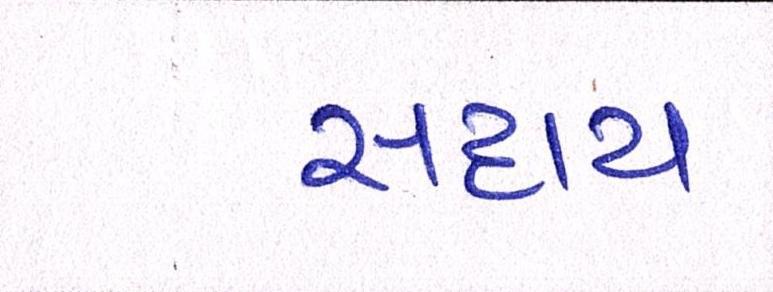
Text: સદાય